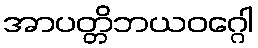
အာပတ္တိဘယဝဂ္ဂေါ